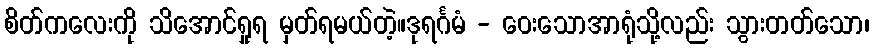
စိတ်ကလေးကို သိအောင်ရှုရ မှတ်ရမယ်တဲ့။ဒုရင်္ဂမံ - ဝေးသောအာရုံသို့လည်း သွားတတ်သော၊